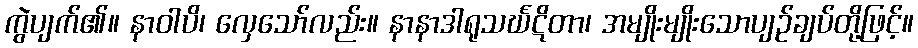
ကွဲပျက်၏။ နာဝါပိ၊ လှေသော်လည်း။ နာနာဒါရုသင်္ဃဋိတာ၊ အမျိုးမျိုးသောပျဉ်ချပ်တို့ဖြင့်။